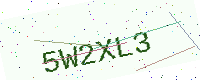
Text: 5W2XL3